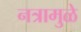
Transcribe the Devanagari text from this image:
नत्रामुळे